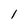
Character: 1